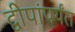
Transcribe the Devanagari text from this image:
द्वीपांपर्यंत